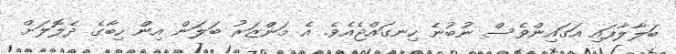
ބަލާލާފައި އަގައިންވެސް ނުބުނެ ހިނގައްޖެއެވެ. އެ މަންޒަރު ބަލަން އިން ހިބާގެ ދެލޮލަށް